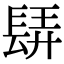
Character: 𨲀